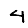
Digit: 4